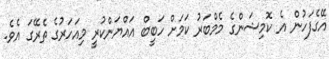
އޭގެފަހުން އެ ކޮމިޝަންގެ މެމްބަރު ކަމަށް ހަބީބް އައްޔަންކުރީ މިއަހަރުގެ ތެރޭގަ އެވެ.